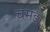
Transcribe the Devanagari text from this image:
चमड़ो